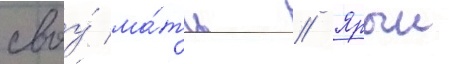
своу́ ма́ть // Ярыи